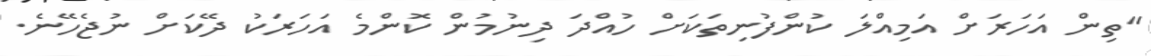
"ތިން އަހަރަށް އަމިއްލަ ކުންފުނިތަކަށް ހުއްދަ ދިނުމުން ކޮންމެ އަހަރަކު ދޭކަށް ނުޖެހޭނެ.